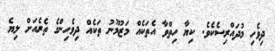
ދިވެހި މުދައްރިސެކެވެ. ކިޔާ ހިތްވާ އެތަކެއް މަޒުމޫނު ތަކެއް ދިވެހިންގެ ތެރެއަށް ލިޔެ